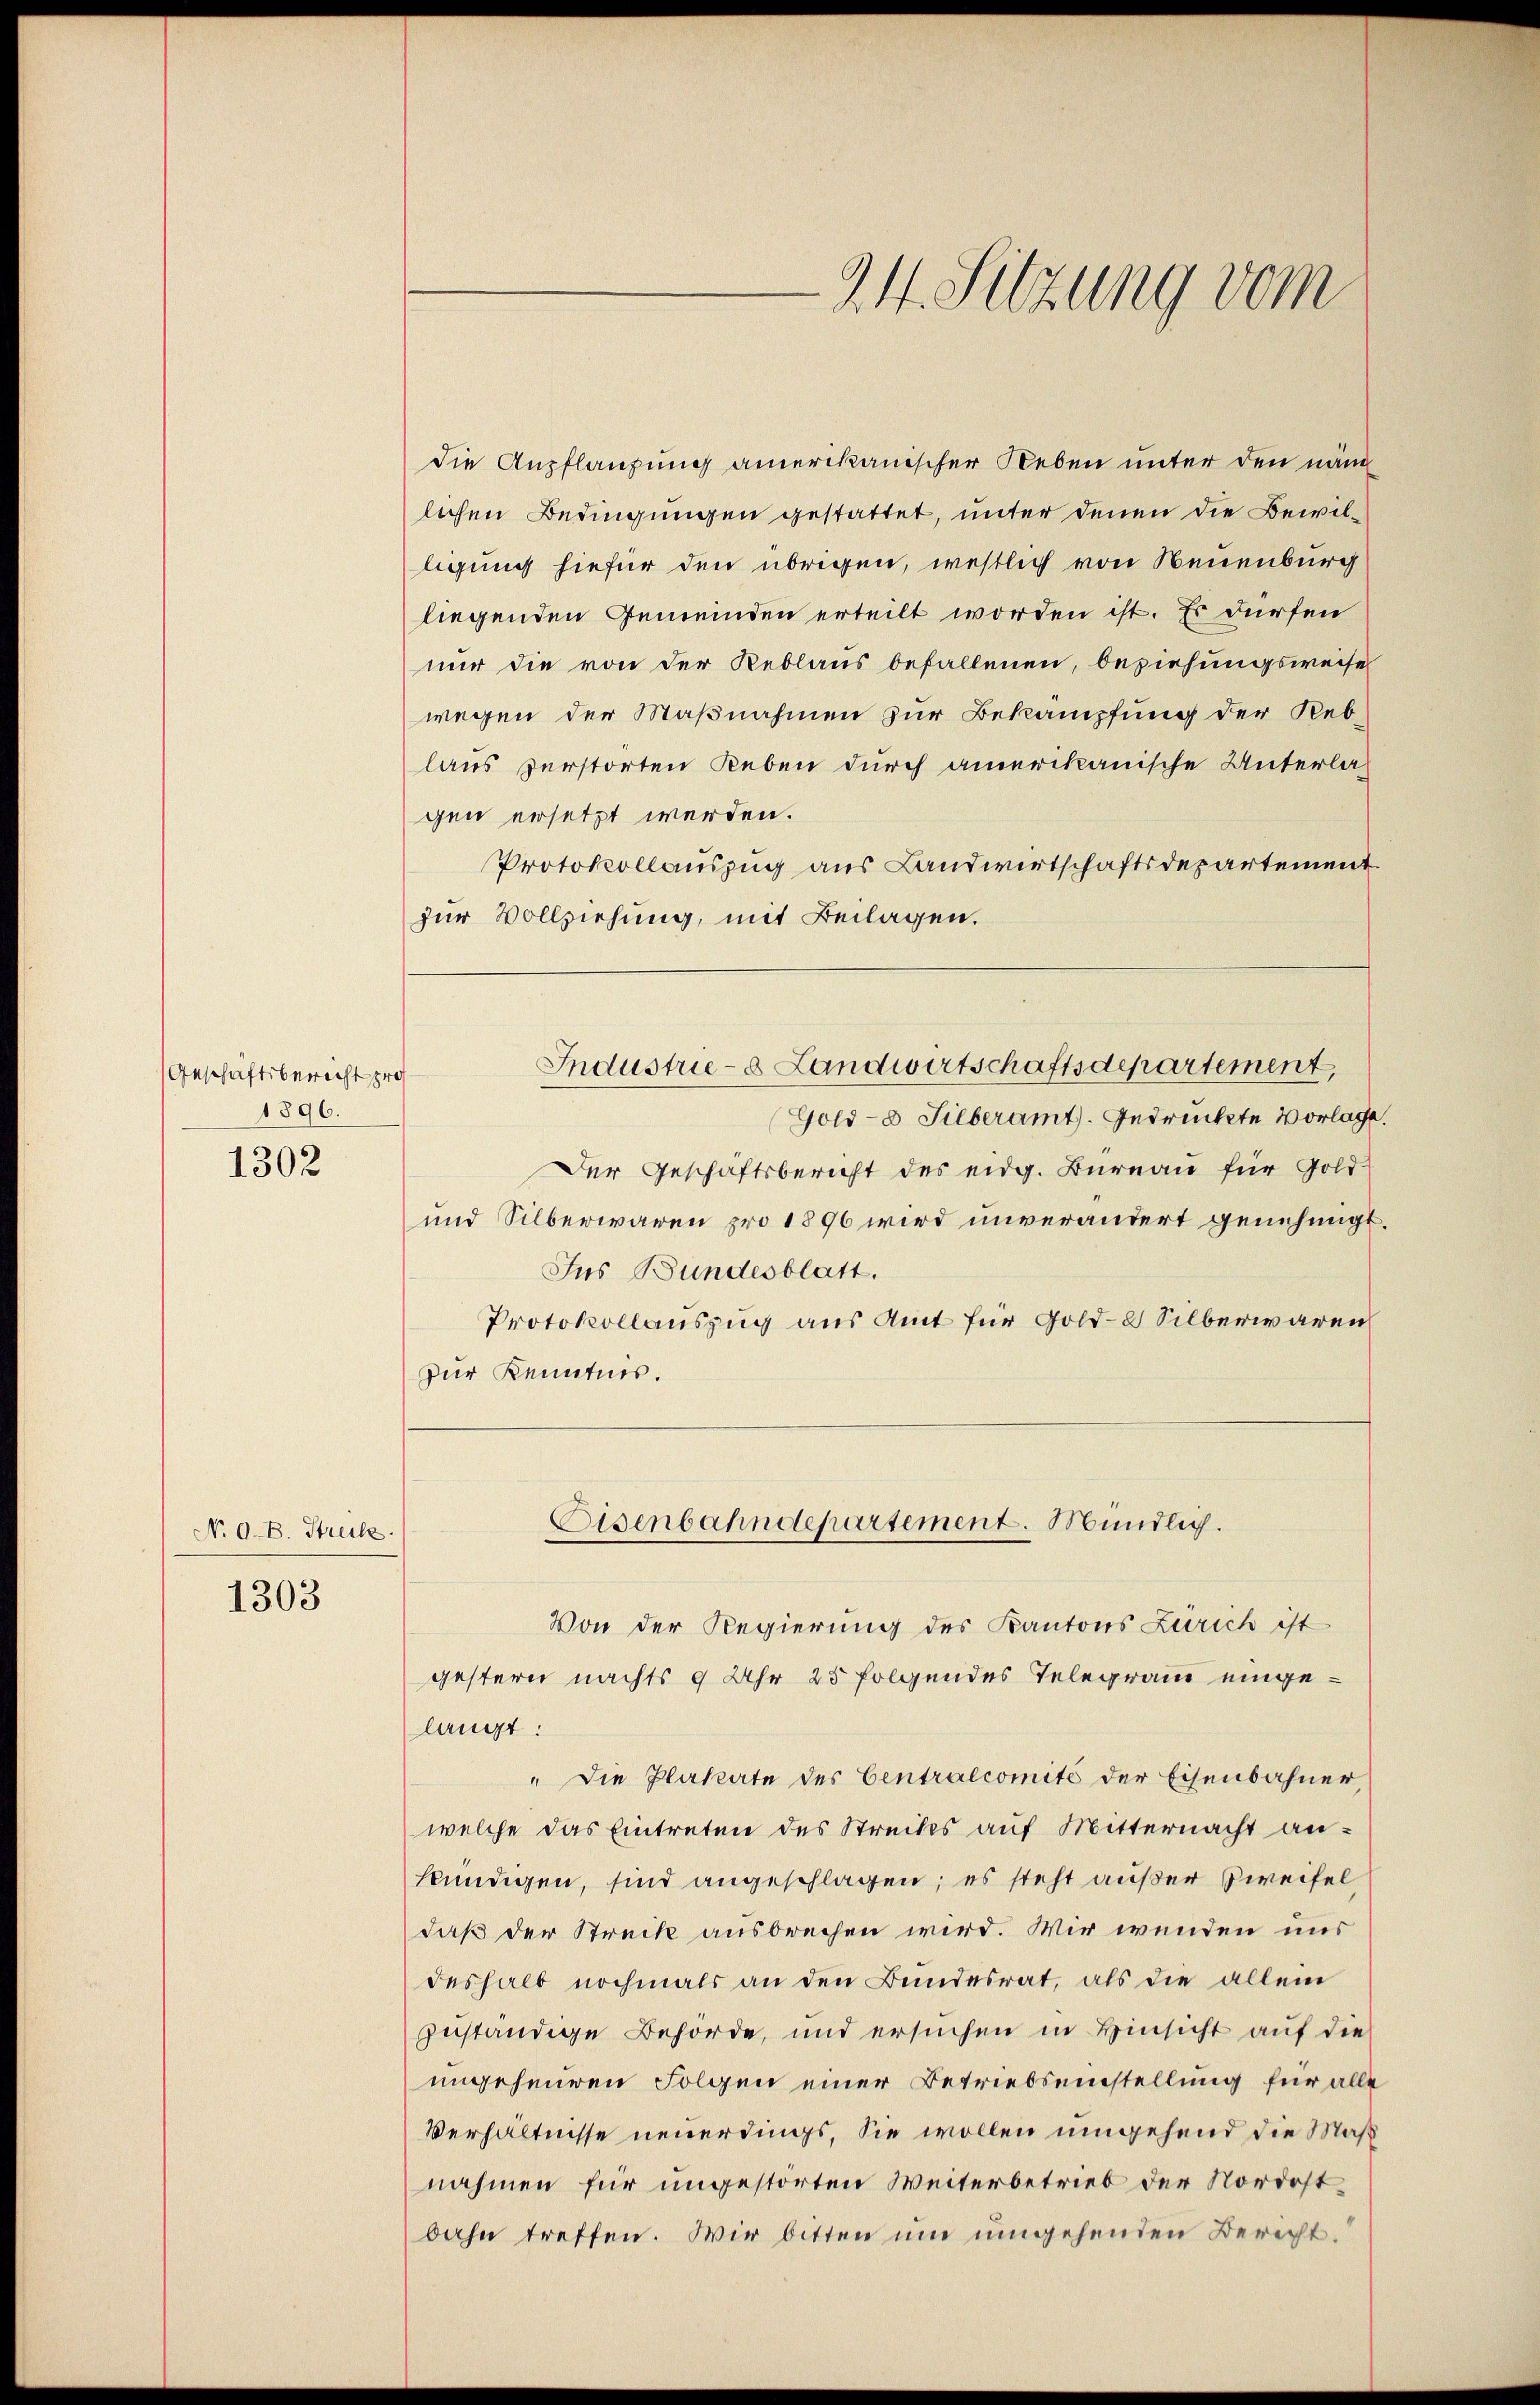
Geschäftsbericht pro
1896.

1302

N. O. B. Streibe.

1303

die Anpflanzung amerikanischer Reben unter den nam
lichen Bedingungen gestattet, unter denen die Bewilligung hiefür den übrigen, westlich von Neuenburg
liegenden Gemeinden erteilt worden ist. Es dürfen
nur die von der Reblaus befallenen, beziehungsweises
wegen der Maßnahmen zur Bekämpfung der Reblaus zerstorten Reben durch amerikanische Unterlagen ersetzt werden.
Protokollauszug aus Landwirtschaftsdepartement
zur Vollziehung, mit Beilagen.
Industrie-8 Landwirtschaftsdepartement,
Gold- & Silberamt. Gedrückte Vorlage
Der Geschäftsbericht des eidg. Bureau für Gold-
und Silberwaren pro 1896 wird unverändert genehmigt.
Ins Bundesblatt.
Protokollauszug aus Amt für Gold-2 Silberwaren
zur Kenntnis.

24. Sitzung vom

Eisenbahndepartement. Mündlich.

Von der Regierung des Kantons Zürich ist
gestern nachts 9 Uhr 25 folgendes Telegram eingelangt:
" die Plakate des Centralcomité der Eisenbahner
welche das Eintreten des Streites auf Mitternacht ankündigen, sind angeschlagen; es steht außer Zweifel
daß der Streck ausbrechen wird. Wir wenden uns
deshalb nochmals an den Bundesrat, als die allein
zuständige Behörde, und ersuchen in Hinsicht auf die
ungeheuren Folgen einer Betriebseinstellung für alle
Verhältnisse neuerdings, Sie wollen umgehend die Maß
nahmen für ungestörten Weiterbetrieb der Nordostbahn treffen. Wir bitten um umgehenden Bericht.